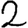
Digit: 2